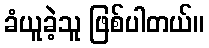
ခံယူခဲ့သူ ဖြစ်ပါတယ်။